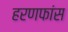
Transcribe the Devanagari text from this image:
हरणफांस